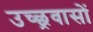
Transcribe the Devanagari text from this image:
उच्छ्रवासों